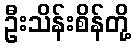
ဦးသိန်းစိန်တို့